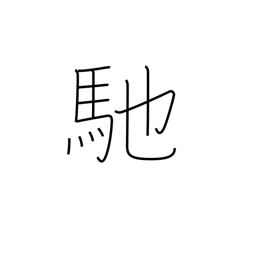
Meaning: sail